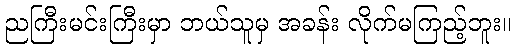
ညကြီးမင်းကြီးမှာ ဘယ်သူမှ အခန်း လိုက်မကြည့်ဘူး။